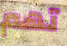
تهم